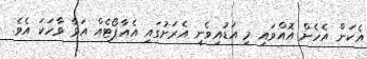
އެކަން އެހެން އޮއްވައި މި އަޑުއިވެނީ އެރަށުގައި އެއާޕޯޓެއް އަޅާ ވާހަކަ އެވެ.